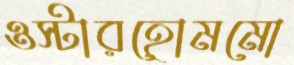
ওস্টারহোমমো